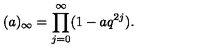
( a ) _ { \infty } = \prod _ { j = 0 } ^ { \infty } ( 1 - a q ^ { 2 j } ) .